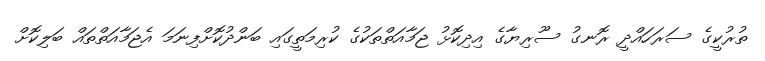
ތުރުކީގެ ސަރަހައްދީ ރޮނގު ސޫރިޔާގެ އިދިކޮޅު ޖަމާއަތްތަކުގެ ކުރިމަތީގައި ބަންދުކޮށްފިނަމަ އެޖަމާއަތްތައް ބަލިކޮށް